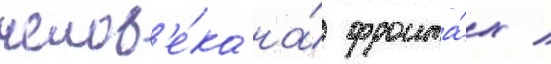
челов'е́ка на́ фронта́х /